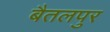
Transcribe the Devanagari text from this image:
बैतलपुर